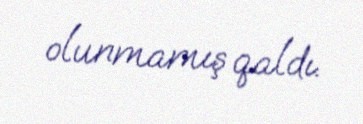
olunmamış qaldı.